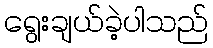
ရွေးချယ်ခဲ့ပါသည်